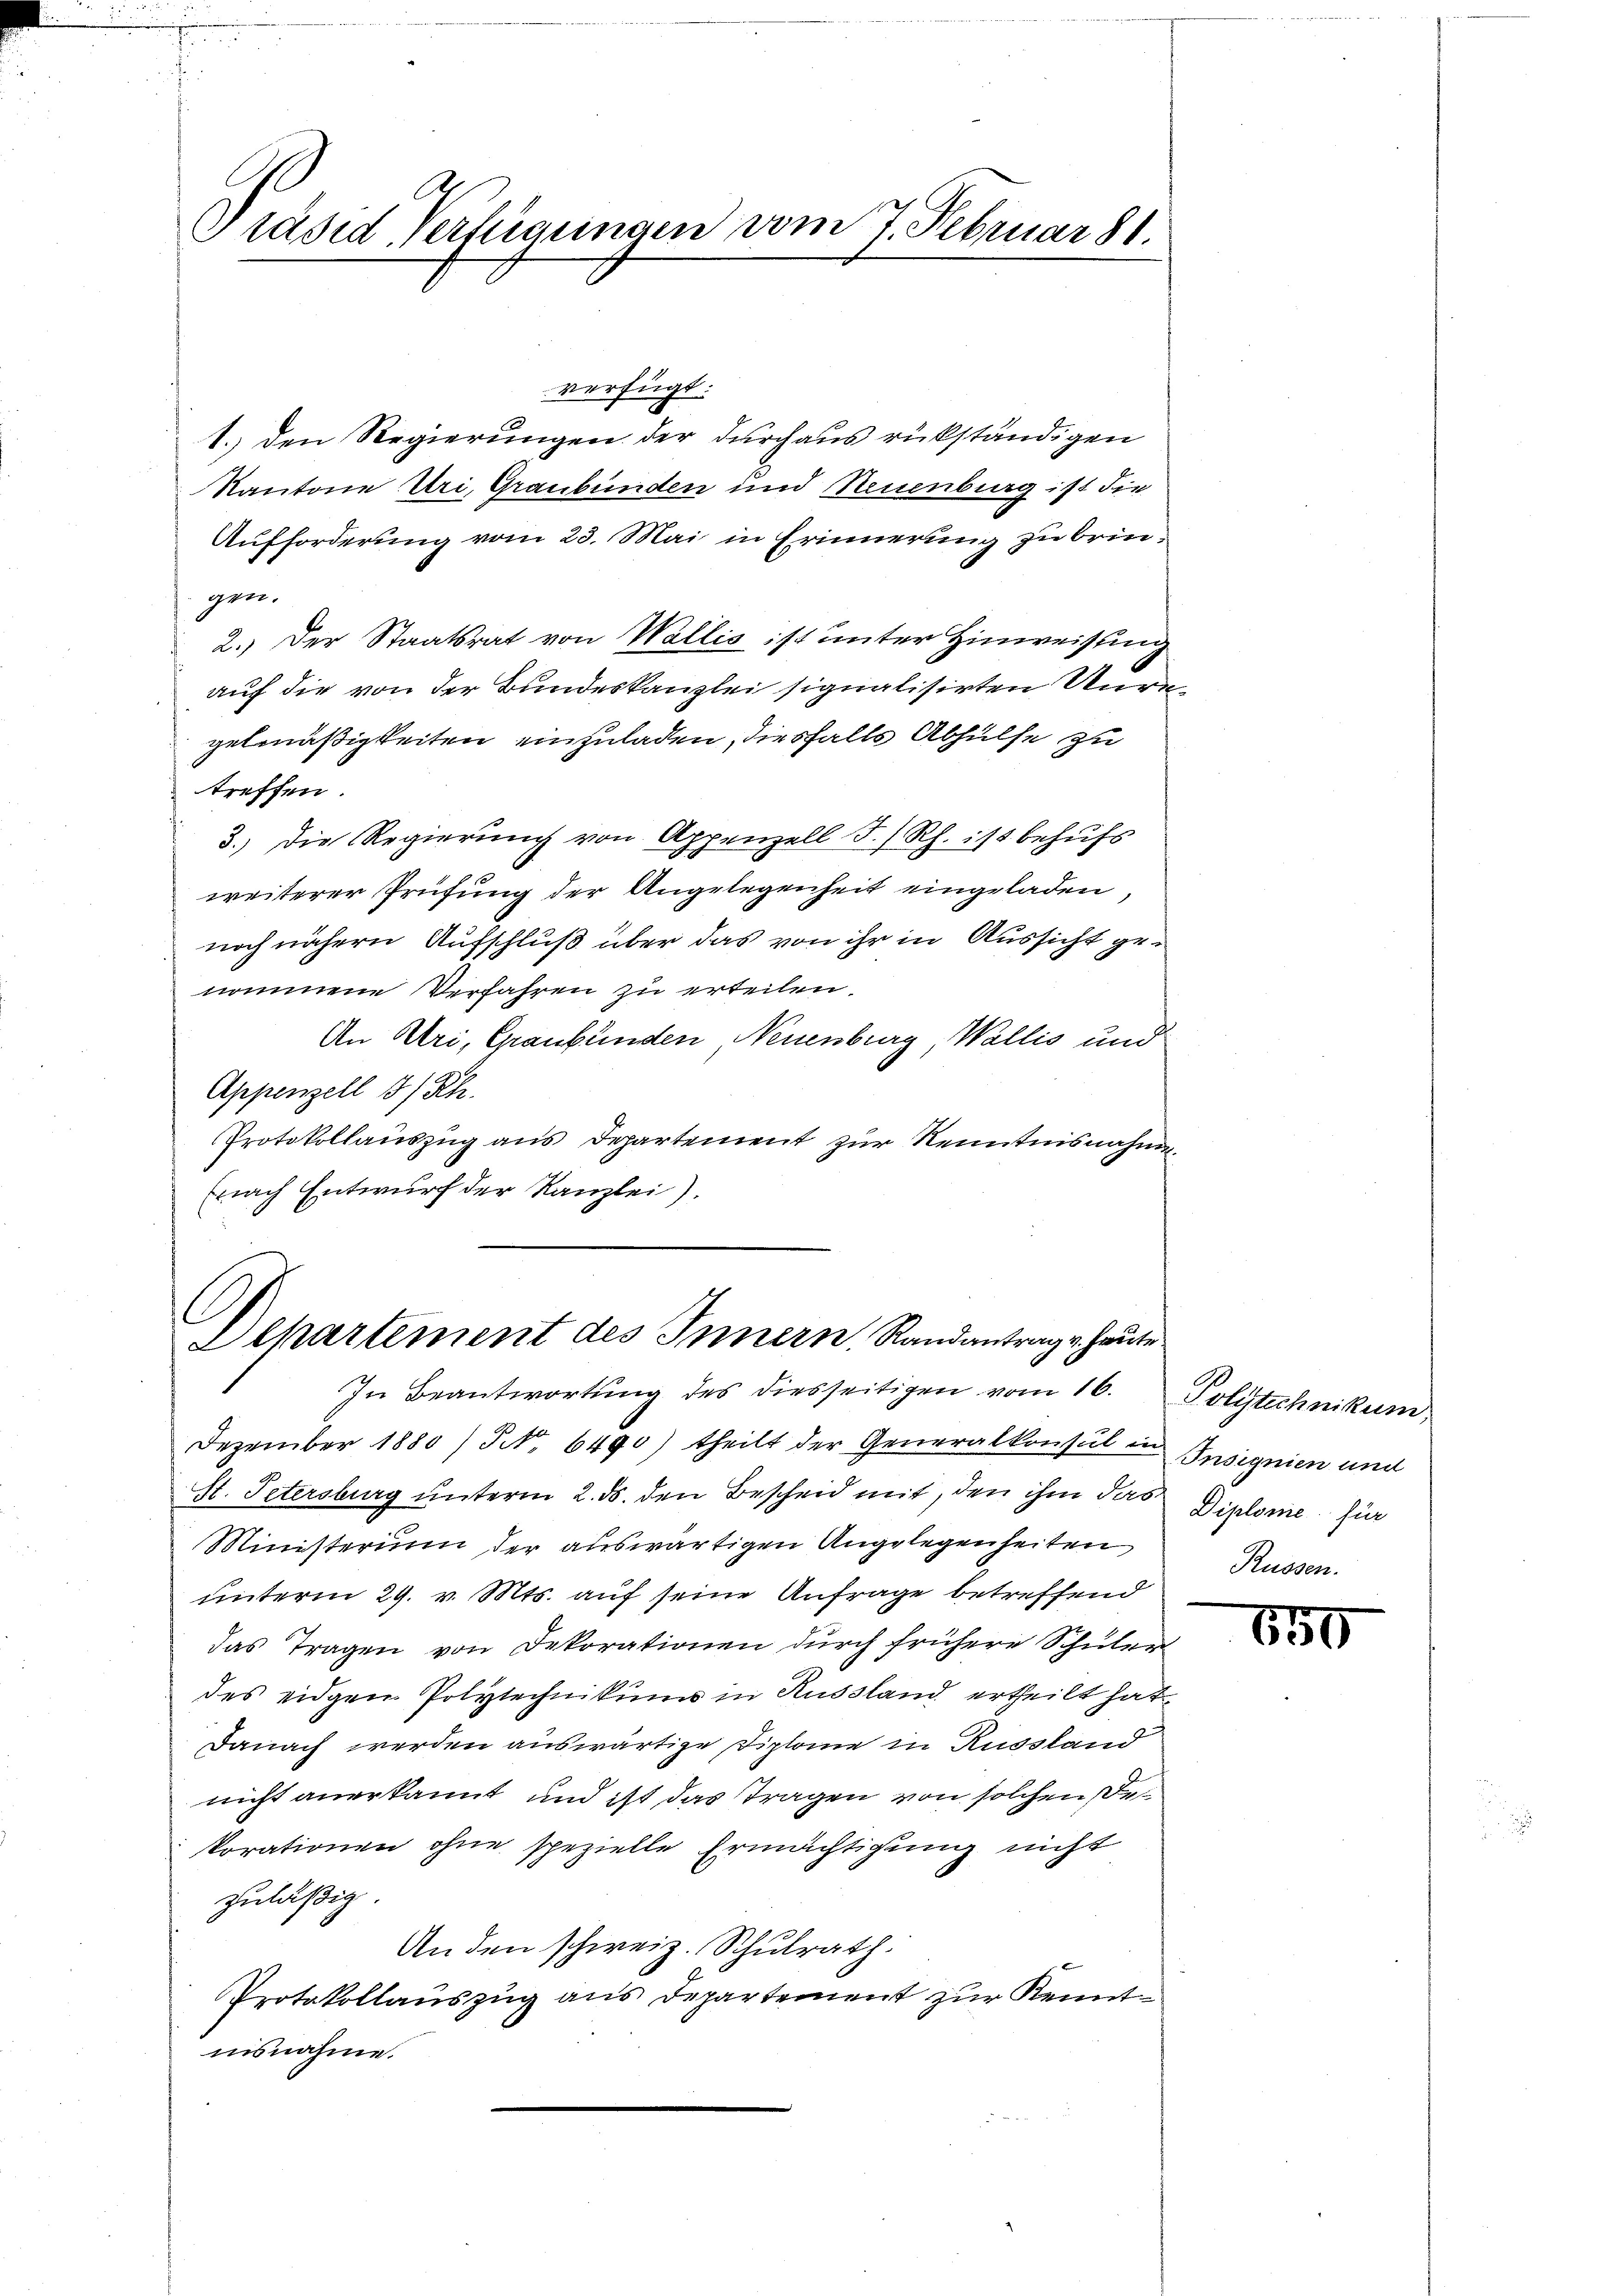
A
Präsid-Verfügungen vom 7. Februar 81.

verfügt:
1. den Regierungen der durchaus rükständigen
Kantone Uri, Graubünden und Neuenburg ist die
Aufforderung vom 23. Mai in Erinnerung zu bringen.
2.) Der Staatsrat von Wallis ist unter Hinweisung
auf die von der Bundeskanzlei signalisirten Unre
gelmäßigkeiten einzuladen, diesfalls Abhülfe zu
treffen.
3.) Die Regierung von Appenzell S. Rh. ist behufs
weiterer Prüfung der Angelegenheit eingeladen,
noch nähern Aufschluß über das von ihr in Aussicht genommene Verfahren zu erteilen.
An Uri, Graubünden Neuenburg, Wallis und
Appenzell I/Rh.
Protokollauszug aus Departement zur Kenntnisnahme
Ennach Entwurf der Kanzlei).

Departement des Innern, Randantrag v. heute
In Beantwortung des diesseitigen vom 16.

Dezember 1880) NNo. 6490) theilt der Generalkonsul in Insignien und
H. Petersburg unterm 2. ds. den Bescheid mit, den ihm das Diplome zur
Ministerium der auswärtigen Angelegenheiten
unterm 29. v. Mts. auf seine Anfrage betreffend
das Tragen von Dekorationen durch frühere Schüler
des eidgen Polytechnikums in Russland ertheilt hat
Danach werden auswärtige Diplome in Russland
nicht anerkannt und ist das Tragen von solchen Bekorationen ohne spezielle Ermächtigung nicht
zuläßig.
An den schweiz. Schulrath.
Protokollauszug aus Departement zur Kenntnisnahme.

Polytechnikum,
Rüssen.

850